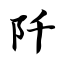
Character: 阡